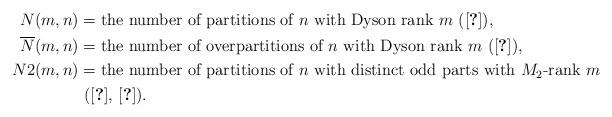
LaTeX: \begin{align*}N(m,n) &= \mbox{the number of partitions of $n$ with Dyson rank $m$ (\cite{Dy44})},\\\overline{N}(m,n)&= \mbox{the number of overpartitions of $n$ with Dyson rank $m$ (\cite{Br-Lo-Os09})},\\{N2}(m,n)&= \mbox{the number of partitions of $n$ with distinct odd parts with $M_2$-rank $m$}\\& \mbox{ (\cite{Be-Ga02}, \cite{Lo-Os09})}.\end{align*}